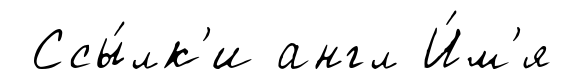
Ссы́лк'и англ И́м'я